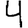
Digit: 4